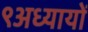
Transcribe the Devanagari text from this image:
९अध्यायों